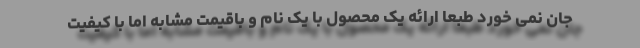
جان نمی خورد طبعا ارائه یک محصول با یک نام و باقیمت مشابه اما با کیفیت